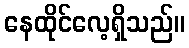
နေထိုင်လေ့ရှိသည်။